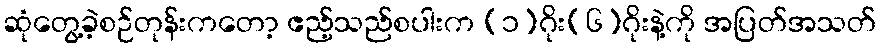
ဆုံတွေ့ခဲ့စဉ်တုန်းကတော့ ဧည့်သည်စပါးက (၁)ဂိုး(၆)ဂိုးနဲ့ကို အပြတ်အသတ်